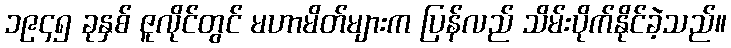
၁၉၄၅ ခုနှစ် ဇူလိုင်တွင် မဟာမိတ်များက ပြန်လည် သိမ်းပိုက်နိုင်ခဲ့သည်။